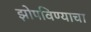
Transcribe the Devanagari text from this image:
झोपविण्याचा